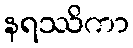
နရဿိကာ